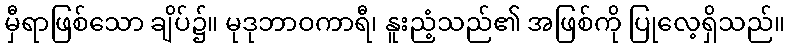
မှီရာဖြစ်သော ချိပ်၌။ မုဒုဘာဝကာရီ၊ နူးညံ့သည်၏ အဖြစ်ကို ပြုလေ့ရှိသည်။